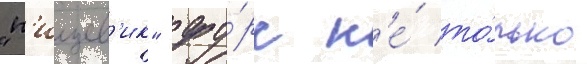
"п'ищев'ик" фу́рс н'е́ то́лько